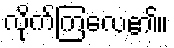
လိုက်ကြလေ၏။